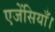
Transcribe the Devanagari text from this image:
एजेंसियाँ।